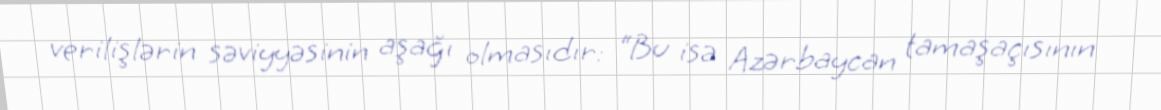
verilişlərin səviyyəsinin aşağı olmasıdır: “Bu isə Azərbaycan tamaşaçısının